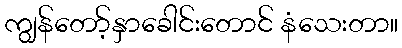
ကျွန်တော့်နှာခေါင်းတောင် နံသေးတာ။